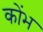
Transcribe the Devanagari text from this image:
कोंभ